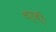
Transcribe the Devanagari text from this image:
चर्बी।